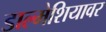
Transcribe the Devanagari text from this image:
डाल्मेशियावर